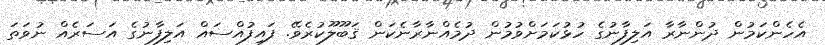
އެހެންކަމުން ދުންނާރާ އަލިފާނުގެ ހުޅުކަމަށްވުމުން ދުމެއްނާރާނެކަން ޤަބޫލޫކުރެވޭ. ފައިފުއްސައް އަލިފާނުގެ އަސަރެއް ނުވަތަ